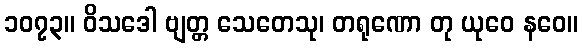
၁၀၇၃။ ဝိသဒေါ ဗျတ္တ သေတေသု၊ တရုဏော တု ယုဝေ နဝေ။